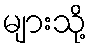
များသို့